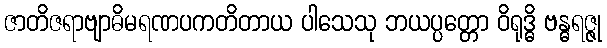
ဇာတိဇရာဗျာဓိမရဏပကတိတာယ ပါသေသု ဘယပ္ပတ္တော ဝိရုဒ္ဓိ ဗန္ဓရဇ္ဇု